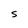
Character: 5